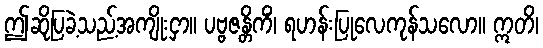
ဤဆိုပြခဲ့သည့်အကျိုးငှာ။ ပဗ္ဗဇန္တိကိံ၊ ရဟန်းပြုလေကုန်သလော။ ဣတိ၊